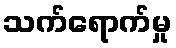
သက်ရောက်မှု